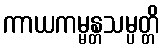
ကာယကမ္မန္တသမ္ပတ္တိ